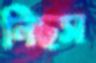
নিছস